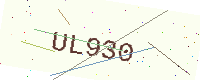
Text: UL930